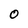
Character: 0